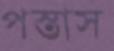
পস্তাস